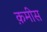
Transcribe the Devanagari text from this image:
क़मीस